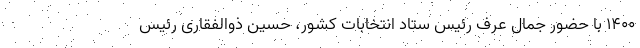
1400 با حضور جمال عرف رئیس ستاد انتخابات کشور، حسین ذوالفقاری رئیس